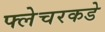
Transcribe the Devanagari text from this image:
फ्लेचरकडे